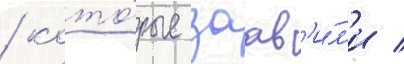
/ кото́рые заав'и́л'и /